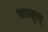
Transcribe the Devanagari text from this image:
कातूस्